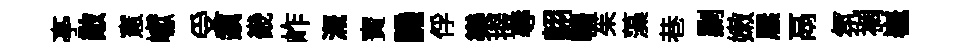
𠅘敵憲巘受鎭畿岞溉寳譏俘樂掇辱翺輈茱藻巷剿嫩屧鬲氛裯嶻